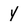
Character: Y